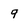
Character: 9